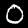
Digit: 0